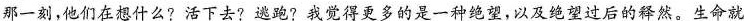
那一刻，他们在想什么?活下去?逃跑?我觉得更多的是一种绝望，以及绝望过后的释然。生命就